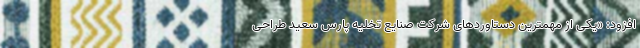
افزود: «یکی از مهمترین دستاوردهای شرکت صنایع تخلیه پارس سعید طراحی